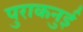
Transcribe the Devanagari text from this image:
पुराकनुई